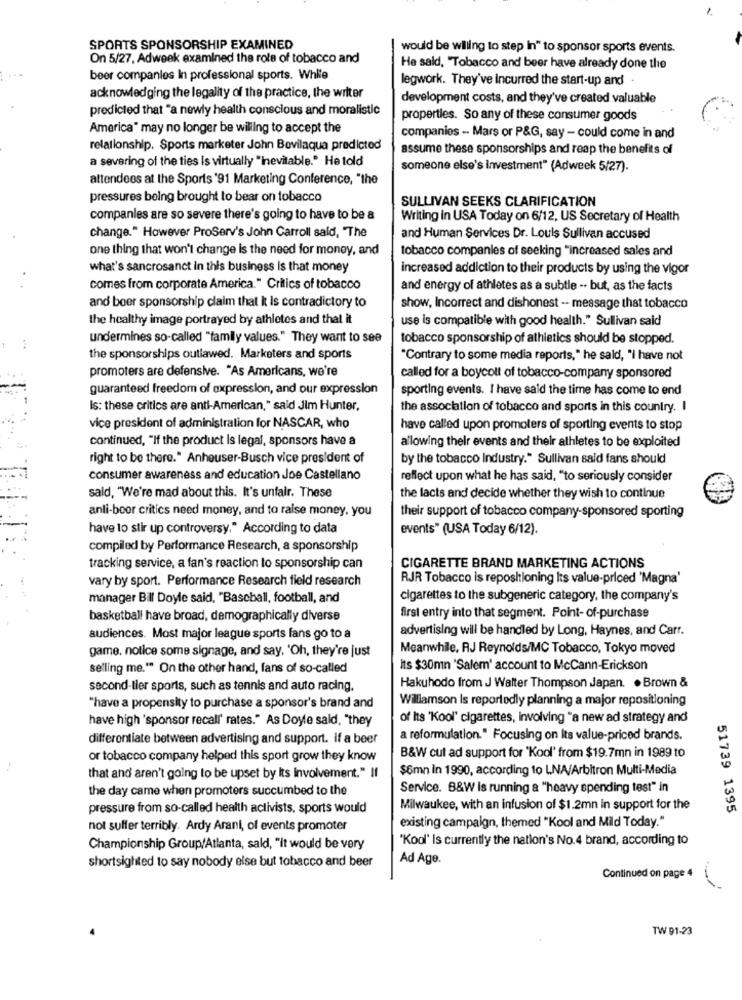
1
SPORTS SPONSORSHIP EXAMINED
would be willing to step in" to sponsor sports events.
On 5/27, Adweek examined the role of tobacco and
He said, "Tobacco and beer have already done the
beer companies In professional sports. White
legwork. They've Incurred the start-up and
acknowledging the legality of the practice, the writer
development costs, and they've created valuable
predicted that "a newly health conscious and moralistic
properties. So any of these consumer goods
America" may no longer be willing to accept the
companies - Mars or P&G, say - could come in and
relationship. Sports marketer John Bovilaqua predicted
assume these sponsorships and reap the benefits of
a severing of the ties is virtually "inevitable." He told
someone else's Investment" (Adweek 5/27).
attendees at the Sports '91 Marketing Conference, "the
pressures being brought to bear on tobacco
SULLIVAN SEEKS CLARIFICATION
companies are so severe there's going to have to be &
Writing in USA Today on 6/12, US Secretary of Health
change." However ProServ's John Carroll sald, "The
and Human Services Dr. Louis Sullivan accused
one thing that won't change is the need for money, and
tobacco companies of seeking "increased sales and
what's sancrosanct in this business is that money
increased addiction to their products by using the vigor
comes from corporate America." Critics of tobacco
and energy of athletes as a subtle -. but, as the facts
and beer sponsorship claim that it is contradictory to
show, Incorrect and dishonest -- message that tobacco
the healthy image portrayed by athletes and that it
use is compatible with good health." Sullivan said
undermines so-called "family values." They want to see
tobacco sponsorship of athletics should be stopped.
the sponsorships outlawed. Marketers and sports
"Contrary to some media reports," he said, "I have not
promoters are defensive. "As Americans, we're
called for a boycoll of tobacco-company sponsored
guaranteed freedom of expression, and our expression
sporting events. I have said the time has come to end
Is: these critics are anti-American," said Jim Hunter,
the association of tobacco and sports in this country. I
vice president of administration for NASCAR, who
have called upon promoters of sporting events to stop
continued, "If the product Is legal, sponsors have a
allowing their events and their athletes to be exploited
right to be there." Anheuser-Busch vice president of
by the tobacco Industry." Sullivan said fans should
consumer awareness and education Joe Castellano
reffect upon what he has said, "to seriously consider
said, "We're mad about this. It's unfair. These
the facts and decide whether they wish to continue
anli-boor critics need money, and to raise money, you
their support of tobacco company-sponsored sporting
have to stir up controversy." According to data
events" (USA Today 6/12).
compiled by Performance Research, a sponsorship
tracking service, a fan's reaction to sponsorship can
CIGARETTE BRAND MARKETING ACTIONS
vary by sport. Performance Research field research
RJR Tobacco is repositioning Its value-priced 'Magna'
manager Bill Doyle said, "Baseball, football, and
cigarettes to the subgeneric category, the company's
basketball have broad, demographically diverse
first entry into that segment. Point- of-purchase
advertising will be handled by Long, Haynes, and Carr.
audiences. Most major league sports fans go to a
Meanwhile, RJ Reynolds/MC Tobacco, Tokyo moved
game. notice some signage, and say, 'Oh, they're just
selling me." On the other hand, fans of so-called
Its $30mn 'Salem' account to McCann-Erickson
second-tier sports, such as tennis and auto racing.
Hakuhodo from J Walter Thompson Japan. . Brown &
Williamson Is reportedly planning a major repositioning
"have a propensity to purchase a sponsor's brand and
have high 'sponsor recall' rates." As Doyle said, "they
of Its 'Kool' cigarettes, involving "a new ad strategy and
differentiate between advertising and support. if a beer
a reformulation." Focusing on Its value-priced brands.
or tobacco company helped this sport grow they know
B&W cut ad support for 'Kool' from $19.7mn in 1989 to
$6mn in 1990, according to LNA/Arbitron Multi-Media
that and aren't going to be upset by Its Involvement." If
the day came when promoters succumbed to the
Service. B&W is running a "heavy spending test" in
pressure from so-called health activists, sports would
Milwaukee, with an infusion of $1.2mn in support for the
51739 1395
existing campaign, themed "Kool and Mild Today."
not suffer terribly. Ardy Arani, of events promoter
'Kool' Is currently the nation's No.4 brand, according to
Championship Group/Atlanta, sald, "It would be very
shortsighted to say nobody else but tobacco and beer
Ad Age.
Continued on page 4
TW 91-23